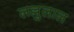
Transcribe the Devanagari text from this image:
लल्लुलाल